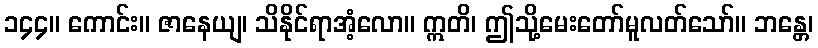
၁၄၄။ ကောင်း။ ဇာနေယျ၊ သိနိုင်ရာအံ့လော။ ဣတိ၊ ဤသို့မေးတော်မူလတ်သော်။ ဘန္တေ၊